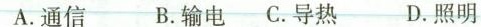
A.通信B.输电C.导热D.照明